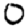
Digit: 0